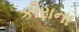
કીરાના